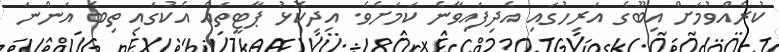
ކުރެއްވުމަށް އިބޫގެ އަރިހުގައި އެދިފައިވާނެ ކަމަށެވެ. އިދިކޮޅު ޕާޓީތައް އެކުގައި ތިބެ އަންނަ